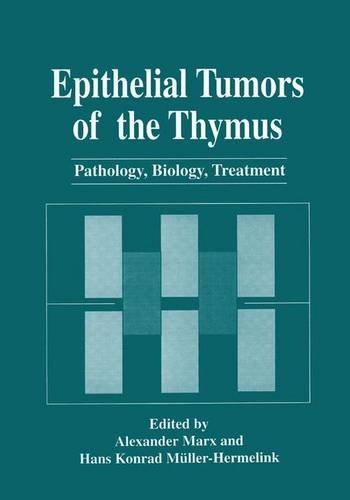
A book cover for Epithelial Tumors of the Thymus: Pathology, Biology, Treatment (Language of Science); Medical Books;